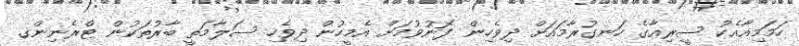
ހަމަމިއާއެކު ސީރިއާގެ ހަނގުރާމައަށް ދިވެހިން ފޮނުވުމަށް އެމީހުން ދިވެހި ސަލާމަތީ ބާރުތަކުން ޓްރެނިންގ